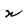
Character: w